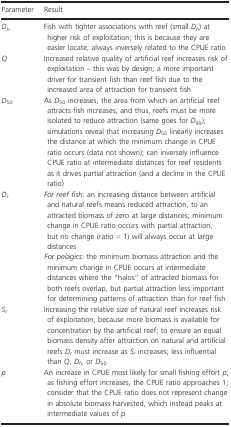
| Parameter | Result |
 | --- | --- |
 | Dh | Fish with tighter associations with reef (small Dh) at higher risk of exploitation; this is because they are easier locate; always inversely related to the CPUE ratio |
 | Q | Increased relative quality of artificial reef increases risk of exploitation – this was by design; a more important driver for transient fish than reef fish due to the increased area of attraction for transient fish |
 | D50 | As D50 increases, the area from which an artificial reef attracts fish increases, and thus, reefs must be more isolated to reduce attraction (same goes for D99); simulations reveal that increasing D50 linearly increases the distance at which the minimum change in CPUE ratio occurs (data not shown); can inversely influence CPUE ratio at intermediate distances for reef residents as it drives partial attraction (and a decline in the CPUE ratio) |
 | Dr | For reef fish: an increasing distance between artificial and natural reefs means reduced attraction, to an attracted biomass of zero at large distances; minimum change in CPUE ratio occurs with partial attraction, but no change (ratio = 1) will always occur at large distancesFor pelagics: the minimum biomass attraction and the minimum change in CPUE occurs at intermediate distances where the “halos” of attracted biomass for both reefs overlap, but partial attraction less important for determining patterns of attraction than for reef fish |
 | Sr | Increasing the relative size of natural reef increases risk of exploitation, because more biomass is available for concentration by the artificial reef; to ensure an equal biomass density after attraction on natural and artificial reefs Dr must increase as Sr increases; less influential than Q, Dh, or D50 |
 | p | An increase in CPUE most likely for small fishing effort p; as fishing effort increases, the CPUE ratio approaches 1; consider that the CPUE ratio does not represent change in absolute biomass harvested, which instead peaks at intermediate values of p |